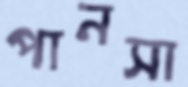
পানসা